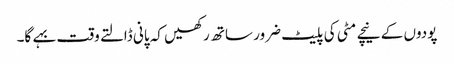
پودوں کے نیچے مٹی کی پلیٹ ضرور ساتھ رکھیں کہ پانی ڈالتے وقت بہے گا۔